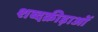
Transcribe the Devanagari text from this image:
शब्दक्रीड़ाओं